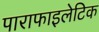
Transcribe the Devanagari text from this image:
पाराफाइलेटिक